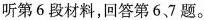
听第6段材料，回答第67题。